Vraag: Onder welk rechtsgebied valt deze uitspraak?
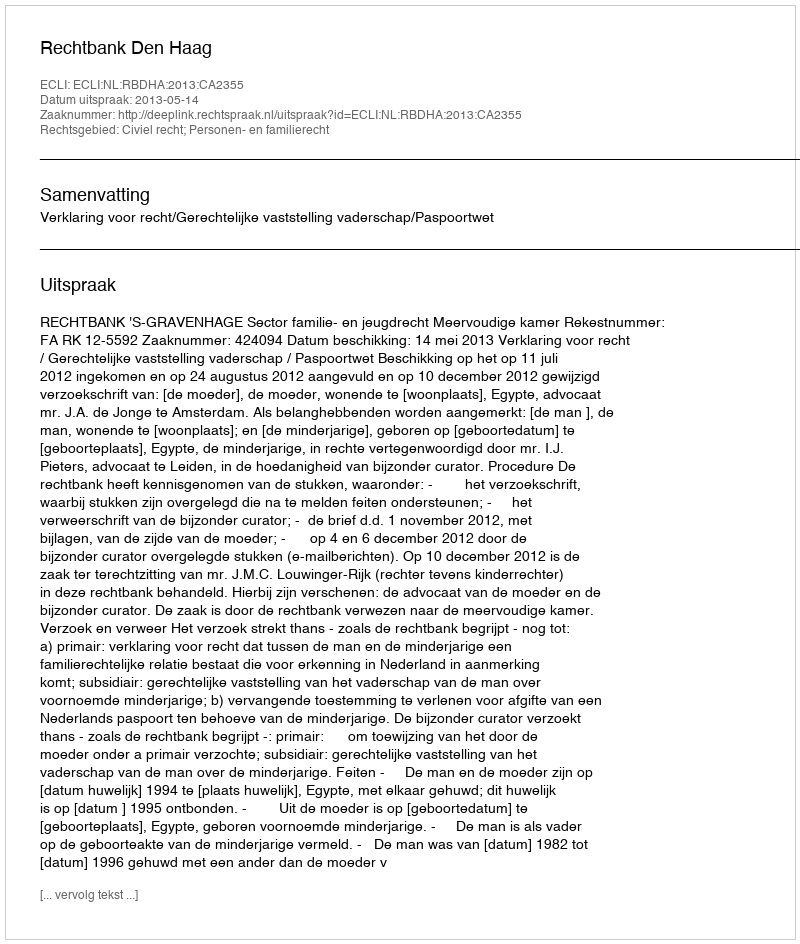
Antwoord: Civiel recht; Personen- en familierecht